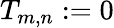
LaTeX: T_{m,n}:=0